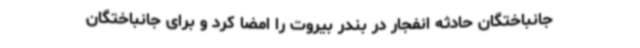
جانباختگان حادثه انفجار در بندر بیروت را امضا کرد و برای جانباختگان